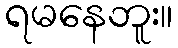
ရမနေဘူး။